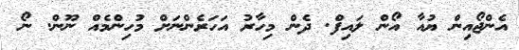
އެންޖޯއިން ޔުއާ އޯން ލައިފް. ދެން މިހާރު އަހަރެންނަށް މުހިންމެއް ނޫން. ނޯ